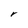
Character: r